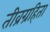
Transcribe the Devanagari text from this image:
तीव्रग्रहिता